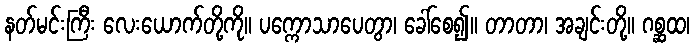
နတ်မင်းကြီး လေးယောက်တို့ကို။ ပက္ကောသာပေတွာ၊ ခေါ်စေ၍။ တာတာ၊ အချင်းတို့။ ဂစ္ဆထ၊